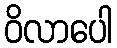
ဝိလာပေါ